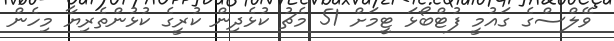
ވޭލްސްގެ ގައުމީ ފުޓްބޯޅަ ޓީމަށް 51 މެޗު ކުޅެދިން ކުރީގެ ކުޅުންތެރިޔާ މިހެން